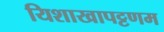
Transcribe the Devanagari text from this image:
यिशाखापट्टणम